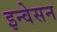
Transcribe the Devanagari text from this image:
इन्वेसन